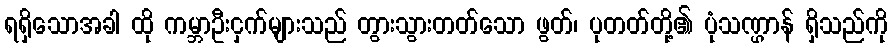
ရရှိသောအခါ ထို ကမ္ဘာဦးငှက်များသည် တွားသွားတတ်သော ဖွတ်၊ ပုတတ်တို့၏ ပုံသဏ္ဌာန် ရှိသည်ကို